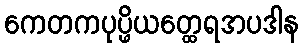
ကေတကပုပ္ဖိယတ္ထေရအပဒါန